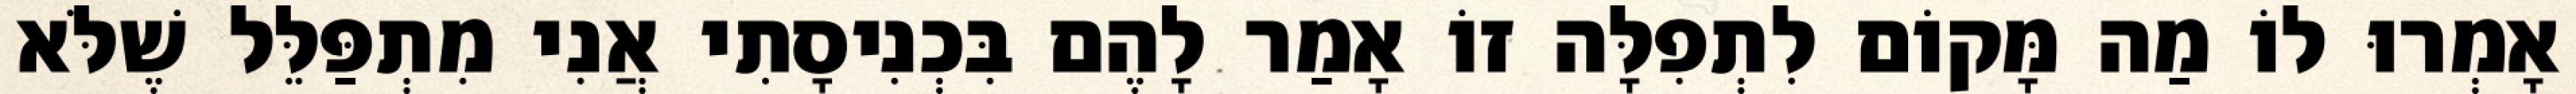
אָמְרוּ לוֹ מַה מָּקוֹם לִתְפִלָּה זוֹ אָמַר לָהֶם בִּכְנִיסָתִי אֲנִי מִתְפַּלֵּל שֶׁלֹּא